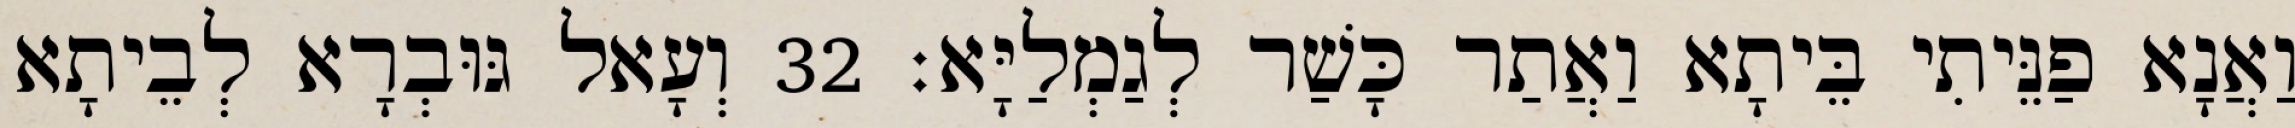
וַאֲנָא פַנֵּיתִי בֵּיתָא וַאֲתַר כָּשַׁר לְגַמְלַיָּא׃ 32 וְעָאל גּוּבְרָא לְבֵיתָא